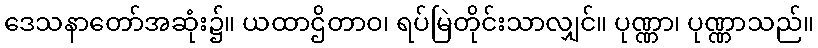
ဒေသနာတော်အဆုံး၌။ ယထာဌိတာဝ၊ ရပ်မြဲတိုင်းသာလျှင်။ ပုဏ္ဏာ၊ ပုဏ္ဏာသည်။